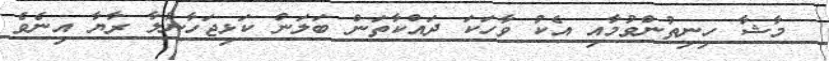
މާޝާ ހިނިތުންވުމާއި އެކު ވާހަކަ ދައްކާތަން ބަލަން ކަޅިޖަހާނުލާ ރާޔާ އިނެވެ